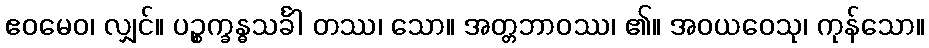
ဧဝမေဝ၊ လျှင်။ ပဉ္စက္ခန္ဓသင်္ခါ တဿ၊ သော။ အတ္တဘာဝဿ၊ ၏။ အဝယဝေသု၊ ကုန်သော။